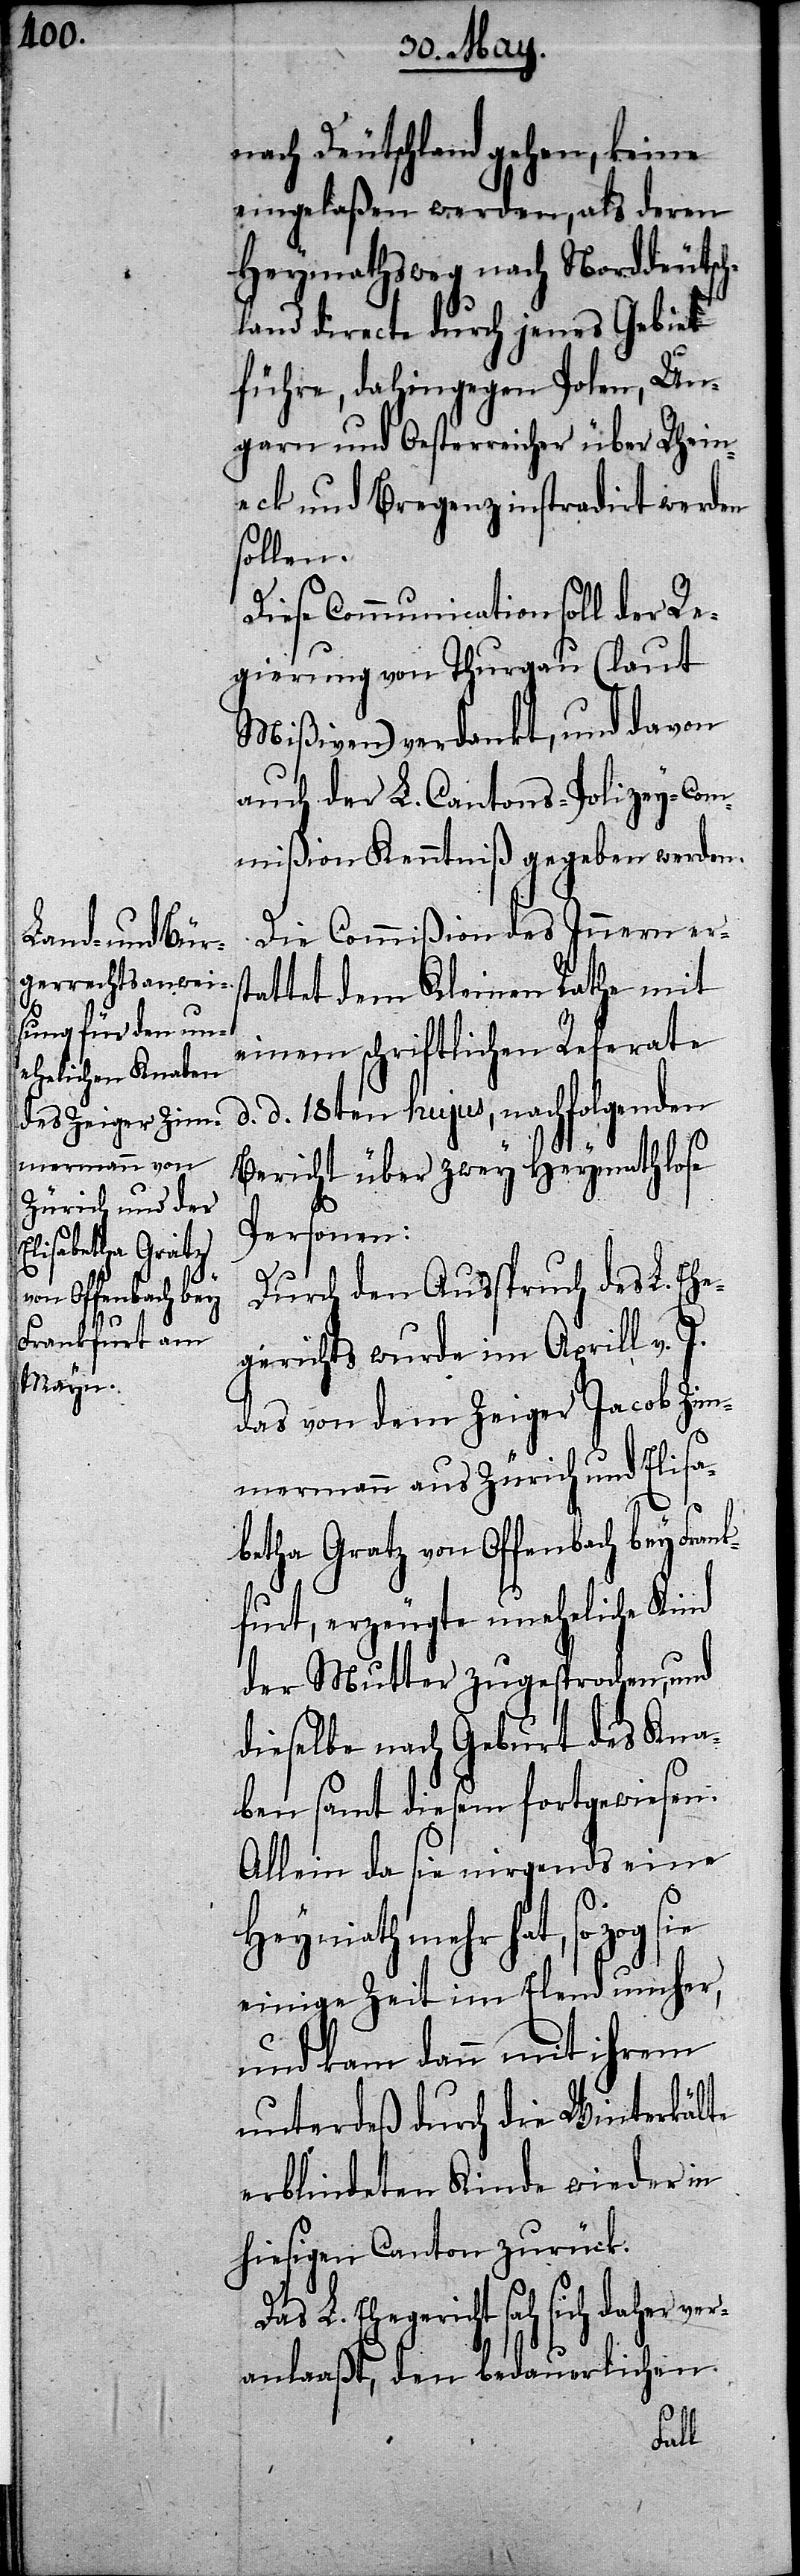
nach Deutschland gehen, keine
eingelaßen werden, als deren
Heymathsweg nach Norddeutsch¬
land directe durch jenes Gebiet
führe, dahingegen Polen, Un¬
garn und Oesterreicher über Rhein¬
eck und Bregenz instradirt werden
sollen.
Diese Communication soll der Re¬
gierung von Thurgau (laut
Mißiven) verdankt, und davon
auch der L. Cantons-Polizey-Com¬
mißion Kenntniß gegeben werden.
Die Commißion des Innern ers¬
tattet dem Kleinen Rathe mit
einem schriftlichen Referate
d. d. 18ten hujus, nachfolgenden
Bericht über zwey heymathlose
Personen:
Durch den Ausspruch des L. Eh¬
egerichts wurde im Aprill v. J.
das von dem Zeiger Jacob Zim¬
mermann aus Zürich und Elisa¬
betha Gratz von Offenbach bey Fran¬
kfurt, erzeugte uneheliche Kind
der Mutter zugesprochen, und
dieselbe nach Geburt des Kna¬
ben samt diesem fortgewiesen.
Allein da sie nirgends eine
Heymath mehr hat, so zog
einige Zeit im Elend umher,
und kam dann mit ihrem
unterdeß durch die Winterkälte
erblindeten Kinde wieder in
hiesigen Canton zurück.
Das L. Ehegericht sah sich daher ve¬
ranlaßt, den bedauerlichen